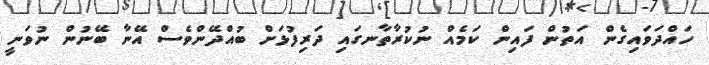
ހައްދަވައިގެން އަތުން ފައިން ކަމެއް ނުކުރާތާނގައި ދަރިފުޅަށް ބުއްދޭންވެސް އޭނާ ބޭނުން ނުވަނީ